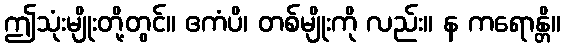
ဤသုံးမျိုးတို့တွင်။ ဧကံပိ၊ တစ်မျိုးကို လည်း။ န ကရောန္တိ။